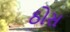
ઠોસ